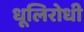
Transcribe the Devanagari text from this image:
धूलिरोधी